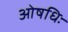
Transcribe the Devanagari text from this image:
ओषधिः